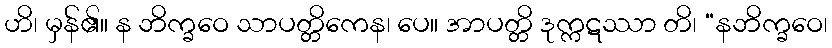
ဟိ၊ မှန်၏။ န ဘိက္ခဝေ သာပတ္တိကေန၊ ပေ။ အာပတ္တိ ဒုက္ကဋဿာ တိ၊ “နဘိက္ခဝေ၊